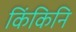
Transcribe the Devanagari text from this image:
किंकिनि